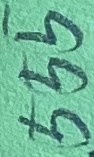
Text: 555